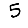
Digit: 5